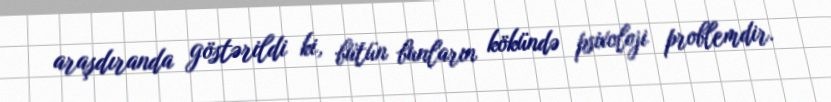
araşdıranda göstərildi ki, bütün bunların kökündə psixoloji problemdir.